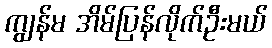
ကျွန်မ အိမ်ပြန်လိုက်ဦးမယ်